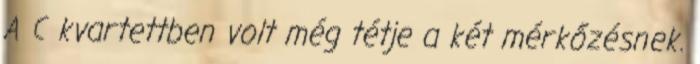
A C kvartettben volt még tétje a két mérkőzésnek.